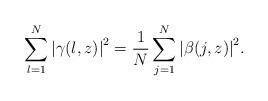
LaTeX: \begin{align*} \ \sum_{l=1}^{N}{\left\vert{\gamma (l,z)}\right\vert ^{2}}=\frac{1}{N}\sum_{j=1}^{N}{\left\vert{\beta (j,z)}\right\vert ^{2}}.\end{align*}